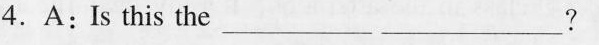
4.A:Is this the___ ___?